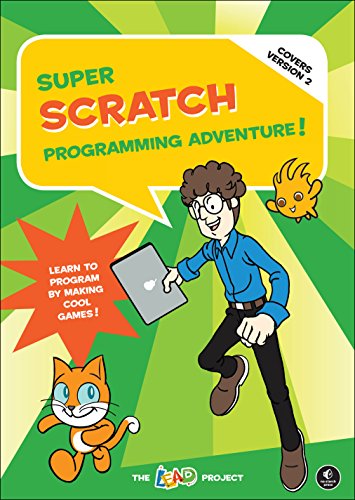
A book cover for Super Scratch Programming Adventure! (Covers Version 2): Learn to Program by Making Cool Games; The LEAD Project; Humor & Entertainment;